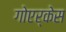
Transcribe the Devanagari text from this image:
गोएर्केस